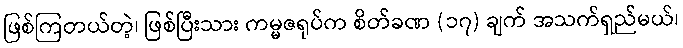
ဖြစ်ကြတယ်တဲ့၊ ဖြစ်ပြီးသား ကမ္မဇရုပ်က စိတ်ခဏ (၁၇) ချက် အသက်ရှည်မယ်၊